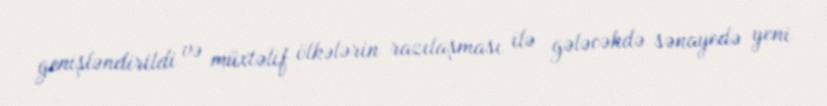
genişləndirildi və müxtəlif ölkələrin razılaşması ilə gələcəkdə sənayedə yeni